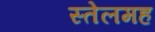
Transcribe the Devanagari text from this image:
स्तेलमह